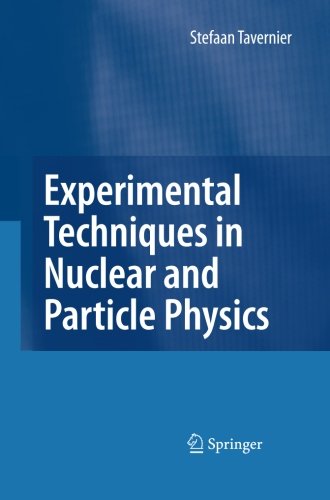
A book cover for Experimental Techniques in Nuclear and Particle Physics; Stefaan Tavernier; Science & Math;